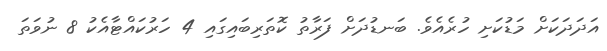
އަދަދަަކަށް މަޑުކަށި ހުރެއެވެ. ބަނޑުދަށް ފަރާތު ކޮތަރިބައިގައި 4 ހަރުކައްޓާއެކު 8 ނުވަތަ